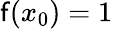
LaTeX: \mathsf{f}(x_{0})=1